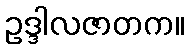
ဥဒ္ဒါလဇာတက။